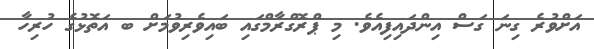
އަށްވުރެ ގިނަ ގަސް އިންދައިފިއެވެ. މި ޕްރޮގްރާމްގައި ބައިވެރިވުމަށް ބ އަތޮޅުގެ ހުރިހާ